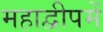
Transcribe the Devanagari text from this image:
महाद्वीपमें